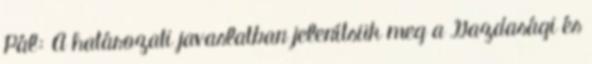
Pál: A határozati javaslatban jelenítsük meg a Gazdasági és